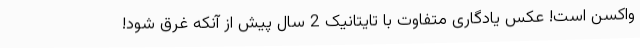
واکسن است! عکس یادگاری متفاوت با تایتانیک 2 سال پیش از آنکه غرق شود!